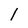
Character: 1